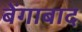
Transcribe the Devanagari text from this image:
बेंगाबाद